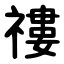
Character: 䄛